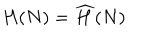
H ( N ) = \widehat { H } ( N )